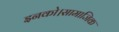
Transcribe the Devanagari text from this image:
इनको।सामाजिक